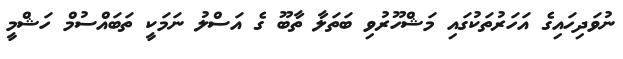
ނުވަދިހައިގެ އަހަރުތަކުގައި މަޝްހޫރުވި ބަތަލާ ތާބޫ ގެ އަސްލު ނަމަކީ ތަބައްސުމް ހަޝްމީ